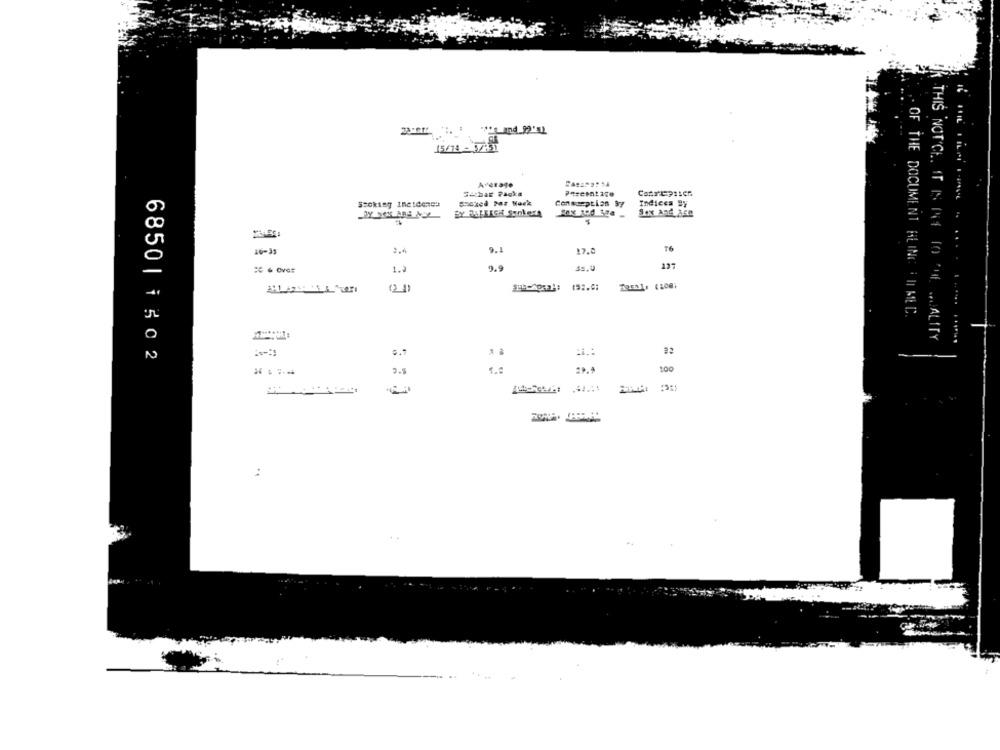
15/78 - 3/41
AUCEaTO
Zachar 74gka
Stoking Ine:den43
Contception 9y
Indices Sy
76
16-35
9.4
9.1
17.0
1.2
9.9
211
OF THE DOCUMENT ALING | || MED.
THIS NOTICE. IT IS Not TO THE ANALITY
6850| 1302
10
2.8